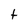
Character: t